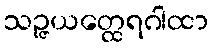
သဉ္ဇယတ္ထေရဂါထာ